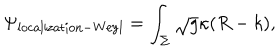
\Psi _ { \mathrm { l o c a l i z a t i o n - W e y l } } = \int _ { \Sigma } \sqrt { g } \kappa ( R - k ) ,